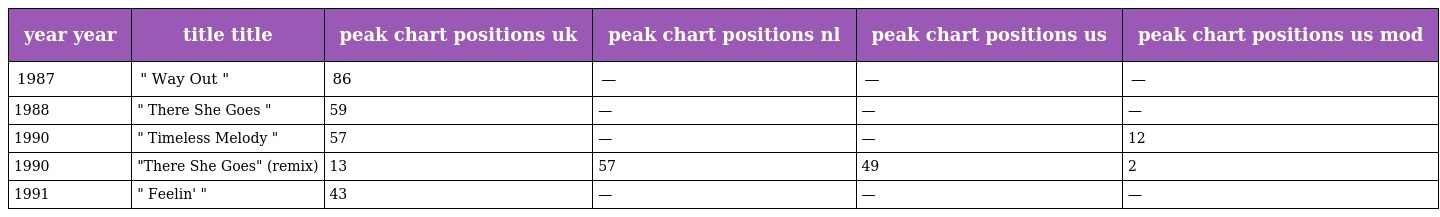
| year year | title title | peak chart positions uk | peak chart positions nl | peak chart positions us | peak chart positions us mod |
 | --- | --- | --- | --- | --- | --- |
 | 1987 | " Way Out " | 86 | — | — | — |
 | 1988 | " There She Goes " | 59 | — | — | — |
 | 1990 | " Timeless Melody " | 57 | — | — | 12 |
 | 1990 | "There She Goes" (remix) | 13 | 57 | 49 | 2 |
 | 1991 | " Feelin' " | 43 | — | — | — |